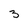
Character: 3